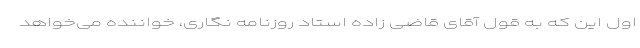
اول این که به قول آقای قاضی زاده استاد روزنامه نگاری، خواننده می‌خواهد